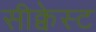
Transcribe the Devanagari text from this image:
सीक्वेस्ट